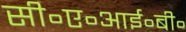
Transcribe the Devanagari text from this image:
सी॰ए॰आई॰बी॰